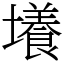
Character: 𡒶